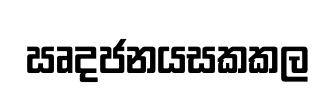
ඍදජනයසකකල